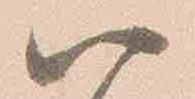
八